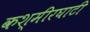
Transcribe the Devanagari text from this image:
कश्मीरघाटी